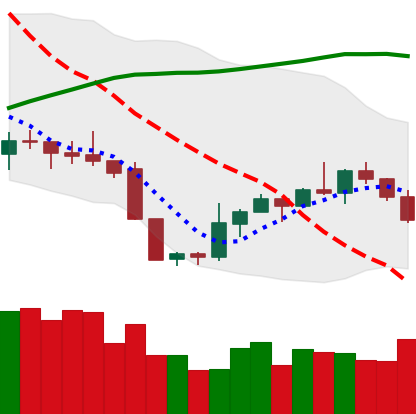
Ticker: XMR-USD
Chart end date: 2019-09-10
Forward return: 4.793%
Label: up_3_5